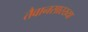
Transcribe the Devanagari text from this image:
तैवानसारख्या